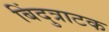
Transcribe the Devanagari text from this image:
बिंदुत्राटक